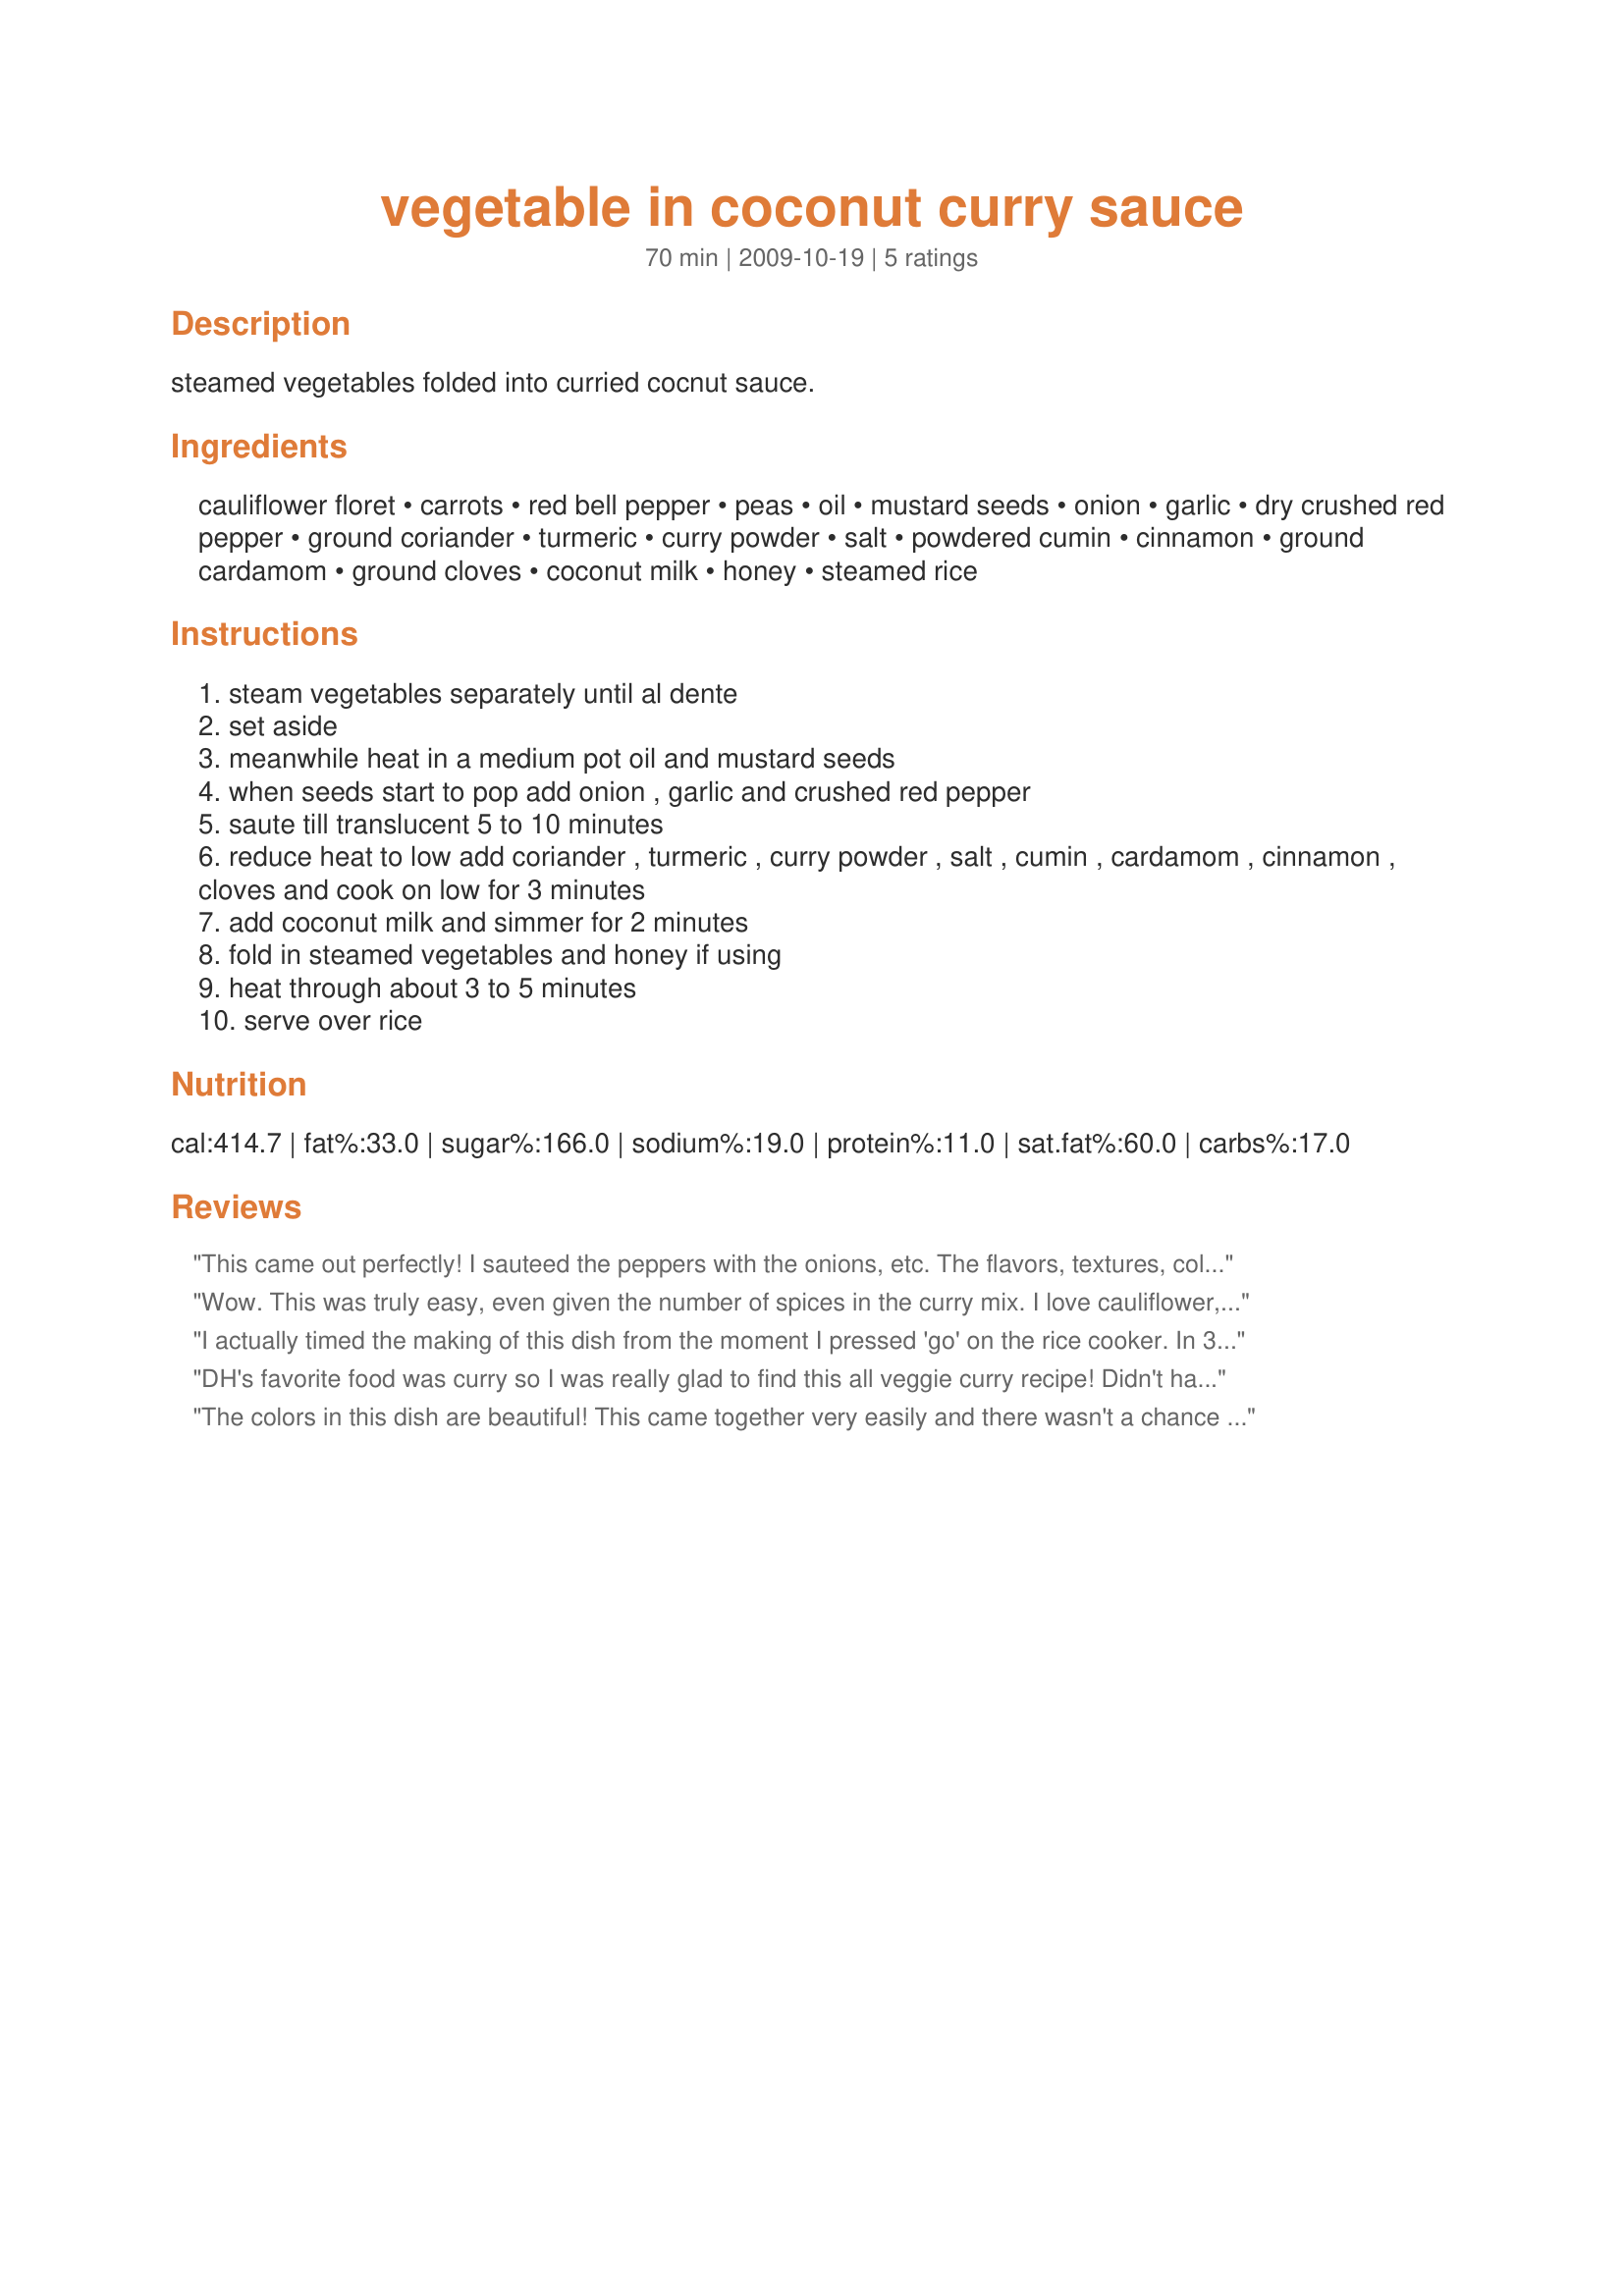
vegetable in coconut curry sauce
Preparation time: 70 minutes

steamed vegetables folded into curried cocnut sauce.

Ingredients:
cauliflower floret, carrots, red bell pepper, peas, oil, mustard seeds, onion, garlic, dry crushed red pepper, ground coriander, turmeric, curry powder, salt, powdered cumin, cinnamon, ground cardamom, ground cloves, coconut milk, honey, steamed rice

Steps:
steam vegetables separately until al dente
set aside
meanwhile heat in a medium pot oil and mustard seeds
when seeds start to pop add onion , garlic and crushed red pepper
saute till translucent 5 to 10 minutes
reduce heat to low add coriander , turmeric , curry powder , salt , cumin , cardamom , cinnamon , cloves and cook on low for 3 minutes
add coconut milk and simmer for 2 minutes
fold in steamed vegetables and honey if using
heat through about 3 to 5 minutes
serve over rice

Reviews:
This came out perfectly! I sauteed the peppers with the onions, etc. The flavors, textures, colors & seasonings were all spot-on! Thank you for a yummy dish! Made for Veggie Swap 11/09.
Wow. This was truly easy, even given the number of spices in the curry mix. I love cauliflower, but is can be kind of bland. This really wakes it up, and gives it a flavor worth looking forward to. A nice warm mix of spices, not crazy hot (although you can make it that way if you want), adds a lot of flavor to the cauliflower without actually masking it's own flavor. I'll definitely make again! Made for ZWT7- Emerald City Shakers
I actually timed the making of this dish from the moment I pressed 'go' on the rice cooker. In 35 minutes we were sitting down to eat! This is a great recipe, and as the other reviewers found, even though the list of spices may look long it comes together very easily. I saved some washing up by steaming the cauli & carrot in the steamer basket of the rice cooker. I was leary about steaming the veg separately, it's just not something I normally do - but it works out so nicely you should try it. The flavours in the curry are mild, but you can obviously heat that up as much as you like. For so-so curry fans, this is a nice light version, and very kid friendly. Thanks Debbwl - fantastic! Made during ZWT7.
DH's favorite food was curry so I was really glad to find this all veggie curry recipe! Didn't have any mustard seeds so threw in a little ground mustard with the rest of the seasoning and used only 2t coriander because I was worried that 2T would be too much. And curry paste in place of powder because I think it has better 'punch.' Cinnamon is listed in the directions but no amount was given, so I added about 1/2t and that seemed to be a good amount. I steamed the veggies in the microwave for 7 minutes while I followed the rest of the recipe. Really flavorful - I'll be making again.
The colors in this dish are beautiful! This came together very easily and there wasn't a chance to overcook the veggies - something I usually have a problem with :) My husband loved this even though he thought he wasn't a big fan of curry - he is so confused. Thanks for posting this one!! Made for Veg*n Swap 23!!
